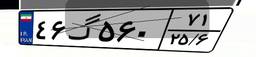
۴۶گ۵۶۰۷۱